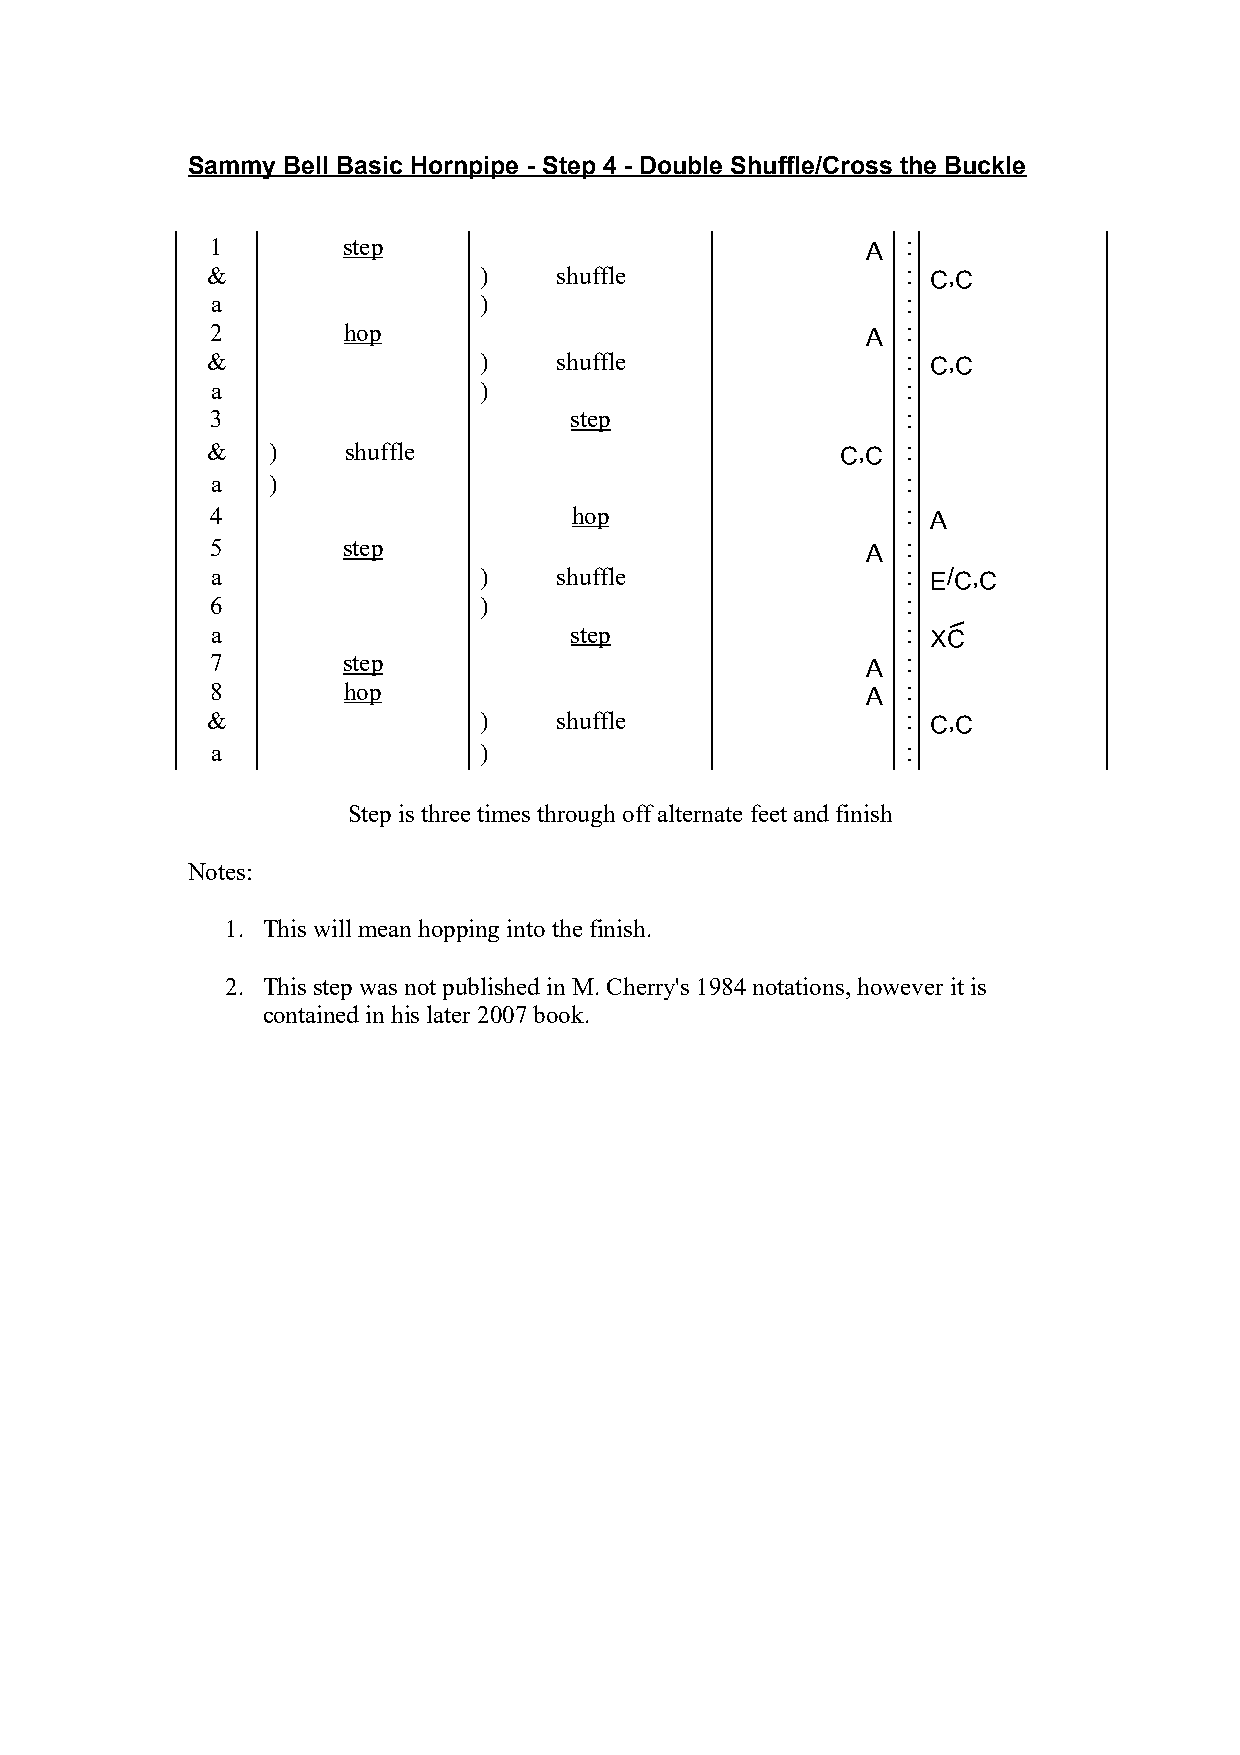
Sammy  Bell Basic Hornpipe - Step 4 - Double Shuffle/Cross the Buckle
 1        step                              a  :
 &                 )    shuffle                : c,c
 a                 )                           :
 2        hop                               a  :
 &                 )    shuffle                : c,c
 a                 )                           :
 3                       step                  :
 &   )    shuffle                          c,c :
 a   )                                         :
 4                       hop                   : a
 5        step                              a  :
 a                 )    shuffle                : e/c,c
 6                 )                           :
 a                       step                  : X3
 7        step                              a  :
 8        hop                               a  :
 &                 )    shuffle                : c,c
 a                 )                           :
 Step is three times through off alternate feet and finish
 Notes:
 1. This will mean hopping into the finish.
 2. This step was not published in M. Cherry's 1984 notations, however it is
 contained in his later 2007 book.